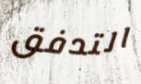
التدفق